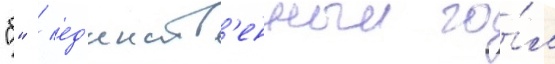
"б" / ед'инств'енныи го́л